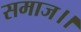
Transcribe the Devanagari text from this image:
समाज।।